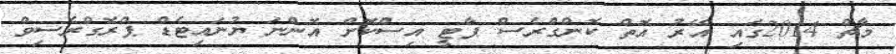
މާޗް 2014ގައި އޭރު އޮތް ކޮންގްރެސް ޕާޓީ އިސްކޮށް އޮންނަ ޔުނައިޓެޑް ޕްރޮގްރެސިވް